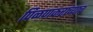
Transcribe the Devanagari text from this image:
पिळणकरांच्याच